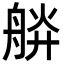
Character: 𦩎